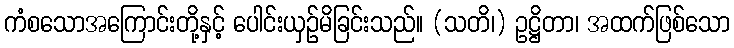
ကံစသောအကြောင်းတို့နှင့် ပေါင်းယှဉ်မိခြင်းသည်။ (သတိ၊) ဥဋ္ဌိတာ၊ အထက်ဖြစ်သော